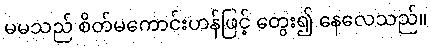
မမသည် စိတ်မကောင်းဟန်ဖြင့် တွေး၍ နေလေသည်။